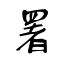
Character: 署